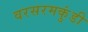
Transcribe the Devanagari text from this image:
वरसरमकुंडी